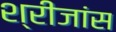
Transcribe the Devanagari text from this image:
श्रीजांस